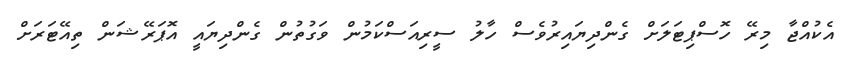
އެކުއްޖާ މިރޭ ހޮސްޕިޓަލަށް ގެންދިޔައިރުވެސް ހާލު ސީރިއަސްކަމުން ވަގުތުން ގެންދިޔައީ އޮޕަރޭޝަން ތިއޭޓަރަށް